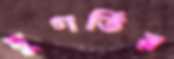
দুগর্তির